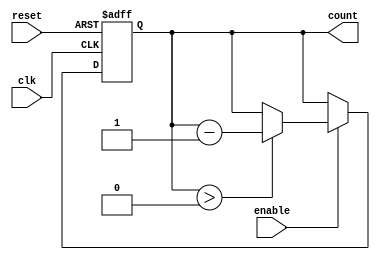
module down_counter (
    input wire clk,          // Clock signal
    input wire reset,        // Asynchronous active-high reset
    input wire enable,       // Active-high enable signal
    output reg [N-1:0] count // Current value of the counter
);
    parameter N = 4; // Define the width of the counter (e.g., 4 bits)

    // Maximum value for the counter (N-bit counter)
    localparam MAX_COUNT = (1 << N) - 1; // 2^N - 1

    // Asynchronous reset and synchronous counting
    always @(posedge clk or posedge reset) begin
        if (reset) begin
            count <= MAX_COUNT; // Reset to maximum value
        end else if (enable) begin
            if (count > 0) begin
                count <= count - 1; // Decrement the count
            end
            // If count is already 0, it remains 0
        end
    end
endmodule